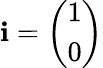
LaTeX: \mathbf{i}={\left(\begin{array}{l}{1}\\ {0}\end{array}\right)}